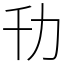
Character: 㔓